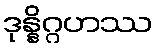
ဒုန္နိဂ္ဂဟဿ